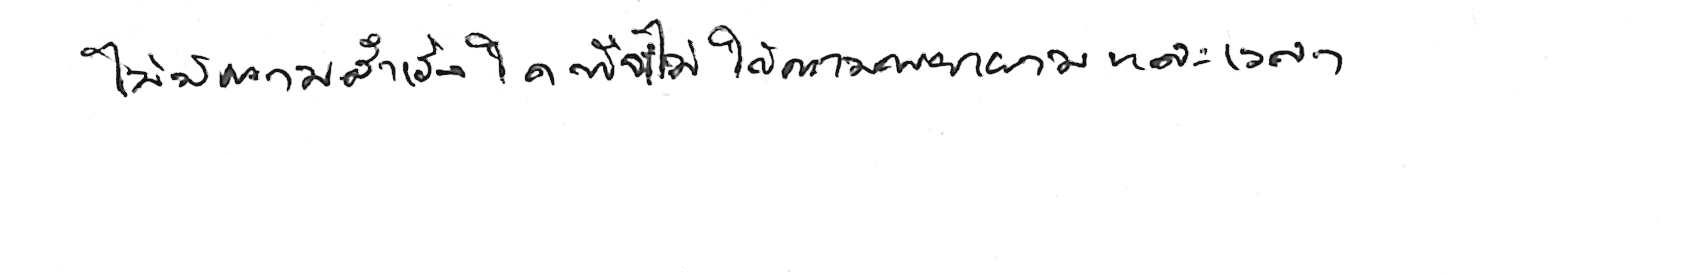
ไม่มีความสำเร็จใด ที่จะไม่ใช้ความพยายามและเวลา